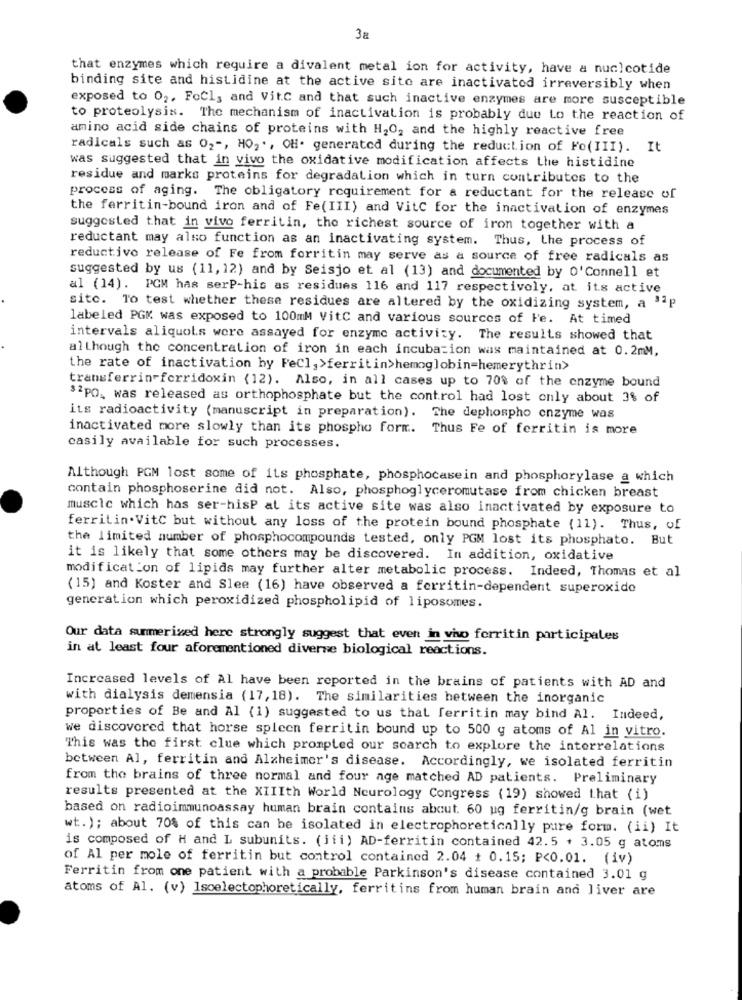
38
that enzymes which require a divalent metal ion for activity, have a nuclcotide
binding site and histidine at the active site are inactivated irreversibly when
exposed to 02, FoCl, and Vit.C and that such inactive enzymes are more susceptible
to proteolysis. The mechanism of inactivation is probably due Lo the reaction of
amino acid side chains of proteins with H2O, and the highly reactive free
radicals such as 02 -, HO, ., OH. generated during the reduction of Fo(III). It
was suggested that in vivo the oxidative modification affects the histidine
residue and marks proteins for degradation which in turn contributes to the
process of aging. The obligatory requirement for a reductant for the release of
the ferritin-bound iron and of Fe(III) and VitC for the inactivation of enzymes
suggested that in vivo ferritin, the richest source of iron together with a
reductant may also function as an inactivating system. Thus, the process of
reductive release of Fe from forritin may serve as a source of free radicals as
suggested by us (11,12) and by Seisjo et al (13) and documented by O'Connell et
al (14). PCM has serP-his as residues 116 and 117 respectively, at its active
sito. To test whether these residues are altered by the oxidizing system, a 3ªp
labeled PGK was exposed to 100mM VitC and various sources of Fe. At timed
intervals aliquots were assayed for enzyme activity. The results showed that
although the concentration of iron in each incubation was maintained at 0.2mM,
the rate of inactivation by Fecl, >ferritin>hemoglobin=hemerythrin>
transferrin-fcrridoxin (12). Also, in all cases up to 70% of the enzyme bound
32PO, was released as orthophosphate but the control had lost only about 3% of
its radioactivity (manuscript in preparation). The dephospho enzyme was
inactivated more slowly than its phospho form. Thus Fe of ferritin is more
casily available for such processes.
Although PGM lost some of its phosphate, phosphocasein and phosphorylase a which
contain phosphoserine did not. Also, phosphoglyceromutase from chicken breast
muscle which has ser-hisP at its active site was also inactivated by exposure to
ferritin. VitC but without any loss of the protein bound phosphate (11). Thus, of
the limited number of phosphocompounds tested, only PGM lost its phosphate. But
it is likely that some others may be discovered. In addition, oxidative
modification of lipids may further alter metabolic process. Indeed, Thomas et al
(15) and Koster and Slee (16) have observed a ferritin-dependent superoxido
generation which peroxidized phospholipid of liposomes.
Our data summerized here strongly suggest that even in vivo ferritin participales
in at least four aforementioned diverse biological reactions.
Increased levels of Al have been reported in the brains of patients with AD and
with dialysis demensia (17, 18). The similarities between the inorganic
proporties of Be and Al (1) suggested to us that ferritin may bind Al. Indeed,
we discovered that horse spleen ferritin bound up to 500 g atoms of Al in vitro.
This was the first clue which prompted our scarch to explore the interrelations
between Al, ferritin and Alzheimer's disease. Accordingly, we isolated ferritin
from the brains of three normal and four age matched AD patients. Preliminary
results presented at the XIIIth World Neurology Congress (19) showed that (i)
based on radioimmunoassay human brain contains about. 60 ug ferritin/g brain (wet
wt.); about 70% of this can be isolated in electrophoretically pure form. (ii) It
is composed of H and L subunits. (iii) AD-ferritin contained 42.5 + 3.05 g atoms
of Al per mole of ferritin but control contained 2.04 + 0.15; P<0.01. (iv)
Ferritin from one patient with a probable Parkinson's disease contained 3.01 g
atoms of Al. (v) Isoelectophoretically, ferritins from human brain and liver are